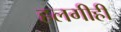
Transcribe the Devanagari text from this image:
हलगीही